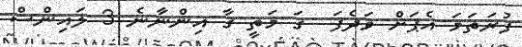
ފުރަތަމަ އެޕަށް ވަދެފަ  ގަ މަތީ ގާ އިންނާނެ 3 ލައިންސް